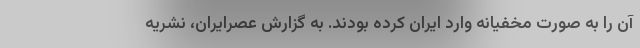
آن را به صورت مخفیانه وارد ایران کرده بودند. به گزارش عصرایران، نشریه